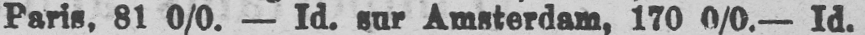
Paris, 81 0/0. - Id. sur Amsterdam, 170 0/0. - Id.